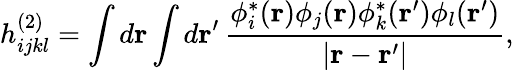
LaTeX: h_{ijkl}^{(2)}=\int d\mathbf{r}\int d\mathbf{r}^{\prime}\, \frac{\phi_{i}^{\ast}(\mathbf{r})\phi_{j}(\mathbf{r})\phi_{k}^{\ast}(\mathbf{r}^{\prime})\phi_{l}(\mathbf{r}^{\prime})}{|\mathbf{r}-\mathbf{r^{\prime}}|},